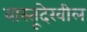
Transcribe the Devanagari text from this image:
वास्तूदेखील